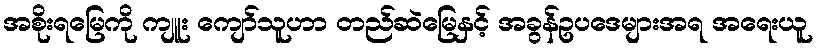
အစိုးရမြေကို ကျူး ကျော်သူဟာ တည်ဆဲမြေနှင့် အခွန်ဥပဒေများအရ အရေးယူ